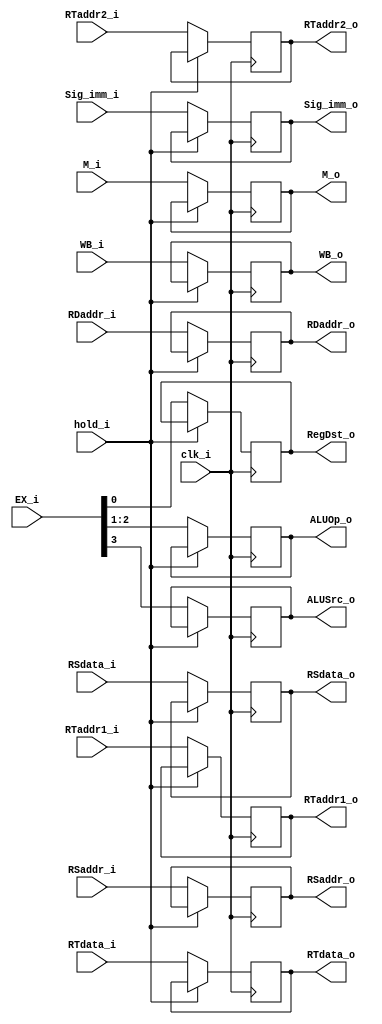
module ID_EX(
    clk_i,
    WB_i,
    WB_o,
    M_i,
    M_o,
    EX_i,
    ALUSrc_o,
    ALUOp_o,
    RegDst_o,
    RSdata_i,
    RSdata_o,
    RTdata_i,
    RTdata_o,
    Sig_imm_i,
    Sig_imm_o,
    RSaddr_i,
    RSaddr_o,
    RTaddr1_i,
    RTaddr1_o,
    RTaddr2_i,
    RTaddr2_o,
    RDaddr_i,
    RDaddr_o,
    hold_i
);

input	clk_i, hold_i;
input	[1:0]	WB_i, M_i;
input	[3:0]	EX_i;
input	[4:0]	RSaddr_i, RTaddr1_i, RTaddr2_i, RDaddr_i;
input	[31:0]	RSdata_i, RTdata_i, Sig_imm_i;
output	reg	ALUSrc_o, RegDst_o;
output	reg	[1:0]	WB_o, M_o, ALUOp_o;
output	reg	[4:0]	RSaddr_o, RTaddr1_o, RTaddr2_o, RDaddr_o;
output	reg	[31:0]	RSdata_o, RTdata_o, Sig_imm_o;

initial begin
	WB_o = 2'b0;
    M_o = 2'b0;
    ALUSrc_o = 1'b0;
    ALUOp_o = 2'b0;
    RegDst_o = 1'b0;
    RSdata_o = 32'b0;
    RTdata_o = 32'b0;
    Sig_imm_o = 32'b0;
    RSaddr_o = 5'b0;
    RTaddr1_o = 5'b0;
    RTaddr2_o = 5'b0;
    RDaddr_o = 5'b0;
end

always@(posedge clk_i) begin
	if(hold_i) begin
		WB_o <= WB_o;
    	M_o <= M_o;
    	ALUSrc_o <= ALUSrc_o;
    	ALUOp_o <= ALUOp_o;
    	RegDst_o <= RegDst_o;
    	RSdata_o <= RSdata_o;
    	RTdata_o <= RTdata_o;
    	Sig_imm_o <= Sig_imm_o;
    	RSaddr_o <= RSaddr_o;
    	RTaddr1_o <= RTaddr1_o;
    	RTaddr2_o <= RTaddr2_o;
    	RDaddr_o <= RDaddr_o;
	end
	else begin
		WB_o <= WB_i;
    	M_o <= M_i;
    	ALUSrc_o <= EX_i[3];
    	ALUOp_o <= EX_i[2:1];
    	RegDst_o <= EX_i[0];
    	RSdata_o <= RSdata_i;
    	RTdata_o <= RTdata_i;
    	Sig_imm_o <= Sig_imm_i;
    	RSaddr_o <= RSaddr_i;
    	RTaddr1_o <= RTaddr1_i;
    	RTaddr2_o <= RTaddr2_i;
    	RDaddr_o <= RDaddr_i;
	end
    
end
endmodule